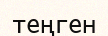
теңген